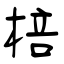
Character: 棓